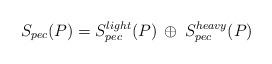
LaTeX: \begin{align*}S_{pec}(P)=S_{pec}^{light}(P)\: \oplus \: S_{pec}^{heavy}(P)\end{align*}